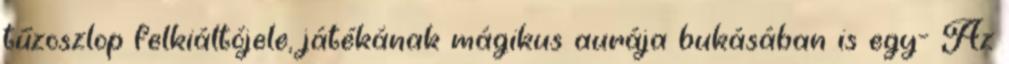
tűzoszlop felkiáltójele, játékának mágikus aurája bukásában is egy- Az